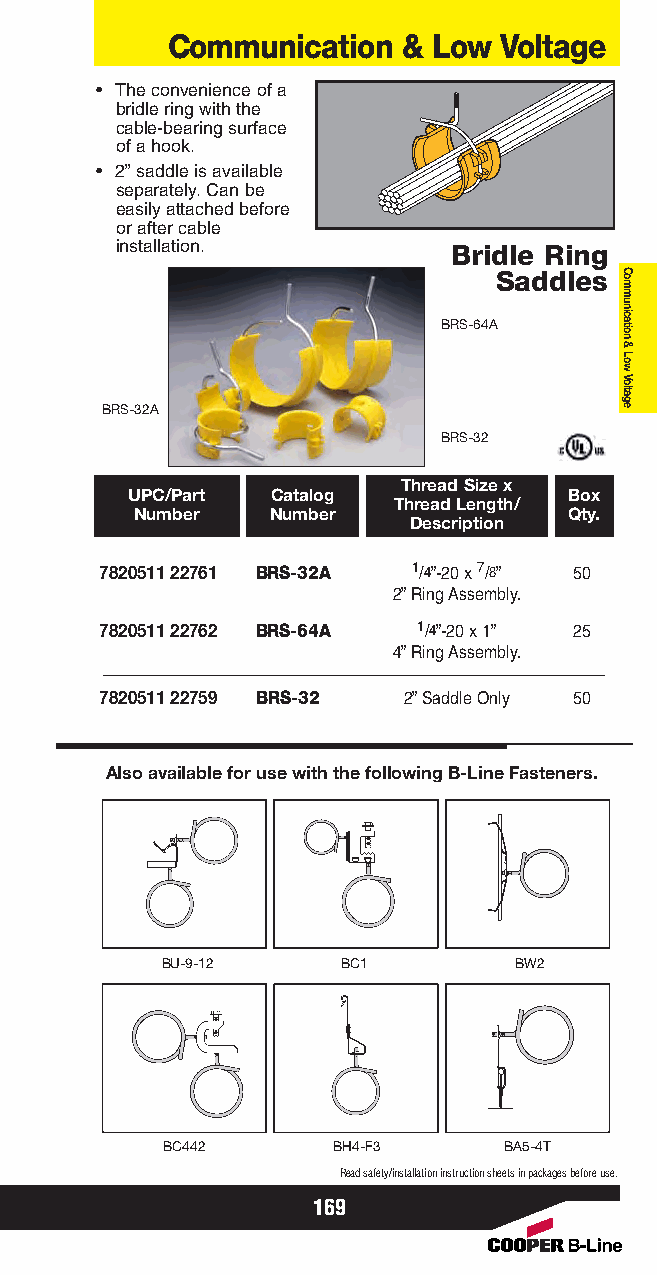
Communication   & Low Voltage
 • The convenience of a
 bridle ring with the
 cable-bearing surface
 of a hook.
 • 2” saddle is available
 separately. Can be
 easily attached before
 or after cable
 installation.         Bridle Ring
 Saddles
 BRS-64A
 BRS-32A
 BRS-32
 Thread Size x
 UPC/Part  Catalog             Box
 Thread Length/
 Number   Number              Qty.
 Description
 7820511 22761 BRS-32A 1/4”-20 x 7/8” 50
 2” Ring Assembly.
 7820511 22762 BRS-64A 1/4”-20 x 1” 25
 4” Ring Assembly.
 7820511 22759 BRS-32 2” Saddle Only 50
 Also available for use with the following B-Line Fasteners.
 BU-9-12     BC1        BW2
 BC442      BH4-F3     BA5-4T
 Read safety/installation instruction sheets in packages before use.
 169
 Communication
 &
 Low
 Voltage